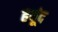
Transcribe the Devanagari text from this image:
हयूंद